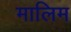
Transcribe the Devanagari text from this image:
मालिम